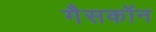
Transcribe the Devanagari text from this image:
गैसकॉन